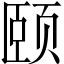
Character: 颐